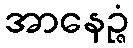
အာနေဉ္ဇံ